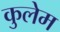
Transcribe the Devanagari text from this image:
कुलेम